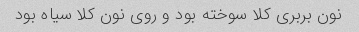
نون بربری کلا سوخته بود و روی نون کلا سیاه بود